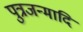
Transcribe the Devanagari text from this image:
पुत्रजन्मादि